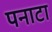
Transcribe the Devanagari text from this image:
पनाटा